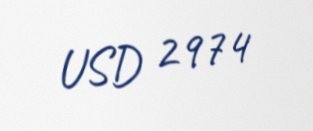
USD 2974